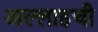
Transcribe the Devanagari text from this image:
अल्लाहची